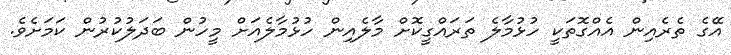
އޭގެ ތެރެއިން އެއްގޮތަކީ ހުޅުމާލެ ތަރައްގީކޮށް މާލެއިން ހުޅުމާލެއަށް މީހުން ބަދަލުކުރުން ކަމަށެވެ.